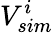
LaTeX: V_{sim}^{i}